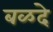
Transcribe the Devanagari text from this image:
बळदे